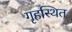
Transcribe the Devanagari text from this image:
गृहस्थित